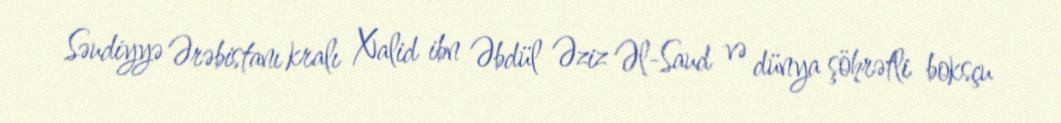
Səudiyyə Ərəbistanı kralı Xalid ibn Əbdül Əziz Əl-Saud və dünya şöhrətli boksçu